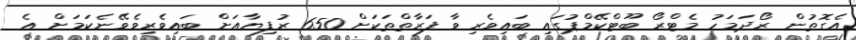
އެގޮތުން ރޯދަމަހު މެޓްރޯ ބޫޓްކޭމްޕުގައި ބައިވެރިވާ ފަރާތްތަކަށް 650 ރުފިޔާއަށް ބައިވެރިވެވޭނެކަމަށް އެ